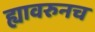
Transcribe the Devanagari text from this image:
ह्यावरुनच